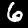
Digit: 6